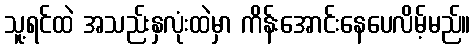
သူ့ရင်ထဲ အသည်းနှလုံးထဲမှာ ကိန်းအောင်းနေပေလိမ့်မည်။